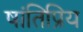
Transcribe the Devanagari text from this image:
षांतिप्रिय